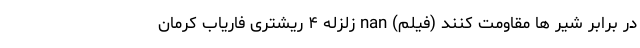
در برابر شیر ها مقاومت کنند (فیلم) nan زلزله ۴ ریشتری فاریاب کرمان